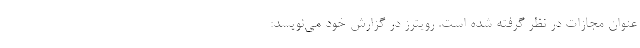
عنوان مجازات در نظر گرفته شده است. رویترز در گزارش خود می‌نویسد: